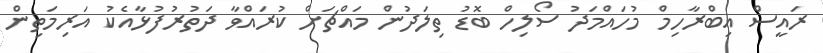
ރައީސް އިބްރާހިމް މުހައްމަދު ސޯލިހް ބޮޑު ތިލަދުން މައްޗަށް ކުރައްވާ ދަތުރުފުޅާއެކު އަރިމަތިން